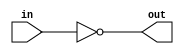
module open_drain_inverter(input wire in, output wire out);

assign out = ~in;

endmodule